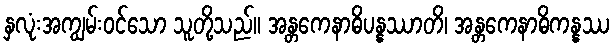
နှလုံးအကျွမ်းဝင်သော သူတို့သည်။ အန္တကေနာဓိပန္နဿာတိ၊ အန္တကေနာဓိကန္နဿ